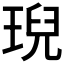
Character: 𤦤